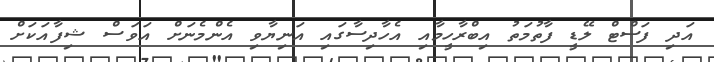
އަދި ފަސްޓް ލޭޑީ ފާތުމަތު އިބްރާހީމާއި އެހާދިސާގައި އަނިޔާވި އެންމެނަށް އަވަސް ޝިފާއަކަށް